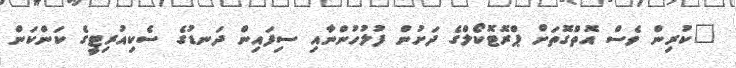
"ކުރިން ވެސް އޮތްގޮތަށް ޕްރޮޓޮކޯލްގެ ދަށުން ފުލުހުންނާއި ސިފައިން ދަނޑުގެ ސެކިއުރިޓީގެ ކަންކަން